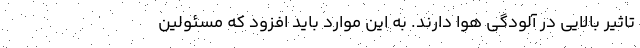
تاثیر بالایی در آلودگی هوا دارند. به این موارد باید افزود که مسئولین